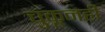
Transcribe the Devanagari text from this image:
चुकूनही